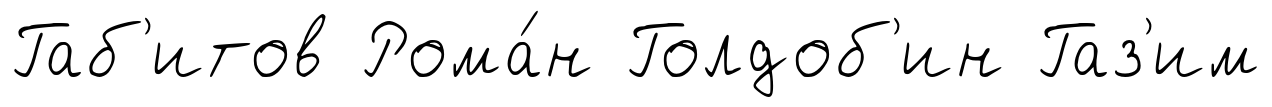
Габ'итов Рома́н Голдоб'ин Газ'им